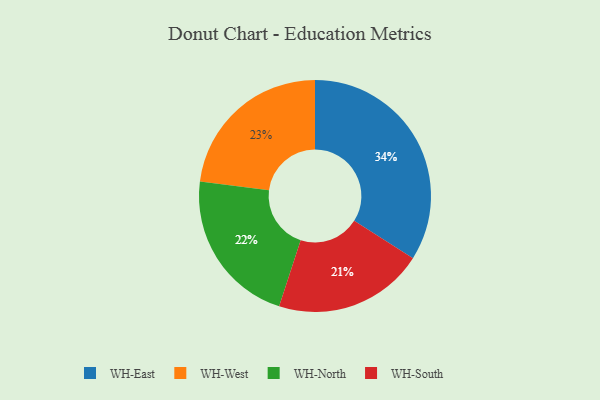
{"axis": {"x": "Category", "y": "Percentage"}, "legend": ["WH-East", "WH-North", "WH-South", "WH-West"], "data": [{"x": "WH-East", "y": 34, "type": "WH-East"}, {"x": "WH-South", "y": 21, "type": "WH-South"}, {"x": "WH-North", "y": 22, "type": "WH-North"}, {"x": "WH-West", "y": 23, "type": "WH-West"}]}